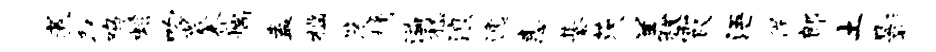
煮取鸡蟠吻微杏揣盍槛笈桷溢嵇浪逸恚綦茨羔极霞浯佯郎土影